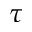
\tau